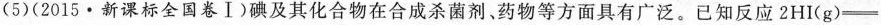
(5)(2015·新课标全国卷Ⅰ)碘及其化合物在合成杀菌剂，药物等方面具有广泛。已知反应$$2 H I ( g ) =